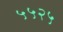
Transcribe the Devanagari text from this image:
५५२५